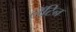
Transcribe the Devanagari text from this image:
लॅॅॅटिन